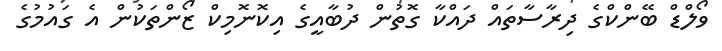
ވޯލްޑް ބޭންކްގެ ދިރާސާތައް ދައްކާ ގޮތުން ދުބާއީގެ އިކޮނޮމިކް ޒޯންތަކުން އެ ގައުމުގެ